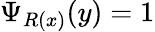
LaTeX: \Psi_{R(x)}(y)=1